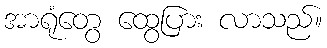
အာရုံတွေ ထွေပြား လာသည်။